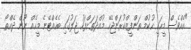
"އެއްވެސް މީހަކީ ހުކުމް ތަންފީޒްކުރަންޖެހޭ މުއްދަތަށްފަހު ޖަލުގައި ބެހެއްޓޭނެ މީހެއް ނޫން ދެއްތޯ